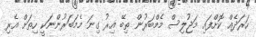
ހަރަދެއް ކޮށްފައި މަޖުލިސް މެމްބަރުން ތިބޭ އިރު ގިނަ މެމަބަރުންނަކީ ހިތަށް އެރި